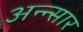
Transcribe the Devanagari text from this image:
अन्न्सार